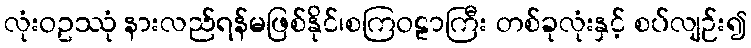
လုံးဝဥဿုံ နားလည်ရန်မဖြစ်နိုင်၊စကြဝဠာကြီး တစ်ခုလုံးနှင့် စပ်လျဉ်း၍